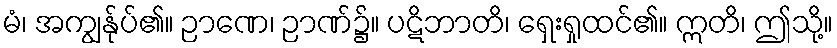
မံ၊ အကျွန်ုပ်၏။ ဉာဏေ၊ ဉာဏ်၌။ ပဋိဘာတိ၊ ရှေးရှုထင်၏။ ဣတိ၊ ဤသို့။